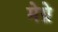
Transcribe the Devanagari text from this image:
मेग्ने